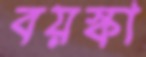
বয়স্কা